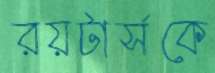
রয়টার্সকে